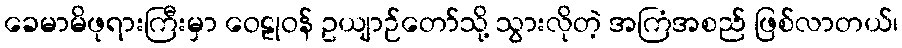
ခေမာမိဖုရားကြီးမှာ ဝေဠုဝန် ဥယျာဉ်တော်သို့ သွားလိုတဲ့ အကြံအစည် ဖြစ်လာတယ်၊